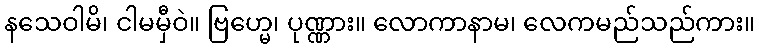
နသေဝါမိ၊ ငါမမှီဝဲ။ ဗြဟ္မေ၊ ပုဏ္ဏား။ လောကာနာမ၊ လေကမည်သည်ကား။